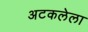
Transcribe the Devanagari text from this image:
अटकलेला